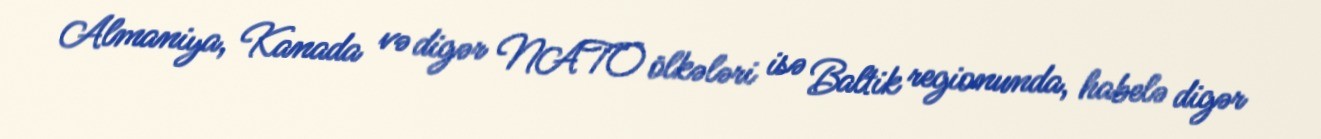
Almaniya, Kanada və digər NATO ölkələri isə Baltik regionunda, habelə digər